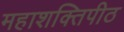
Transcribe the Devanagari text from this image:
महाशक्तिपीठ